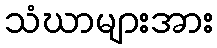
သံဃာများအား